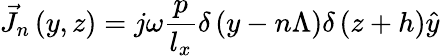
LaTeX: \vec{J}_{n}\left(y,z\right)=j\omega\frac{p}{l_{x}}\delta\left(y-n\Lambda\right)\delta\left(z+h\right)\hat{y}